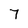
Character: 7